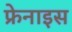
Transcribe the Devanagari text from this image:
फ्रेनाइस